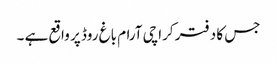
جس کا دفتر کراچی آرام باغ روڈ پر واقع ہے ۔